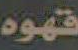
قهوه